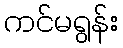
ကင်မရွန်း